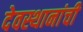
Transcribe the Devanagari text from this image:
देवस्थानांची